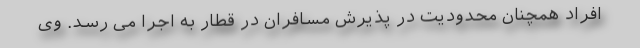
افراد همچنان محدودیت در پذیرش مسافران در قطار به اجرا می رسد. وی